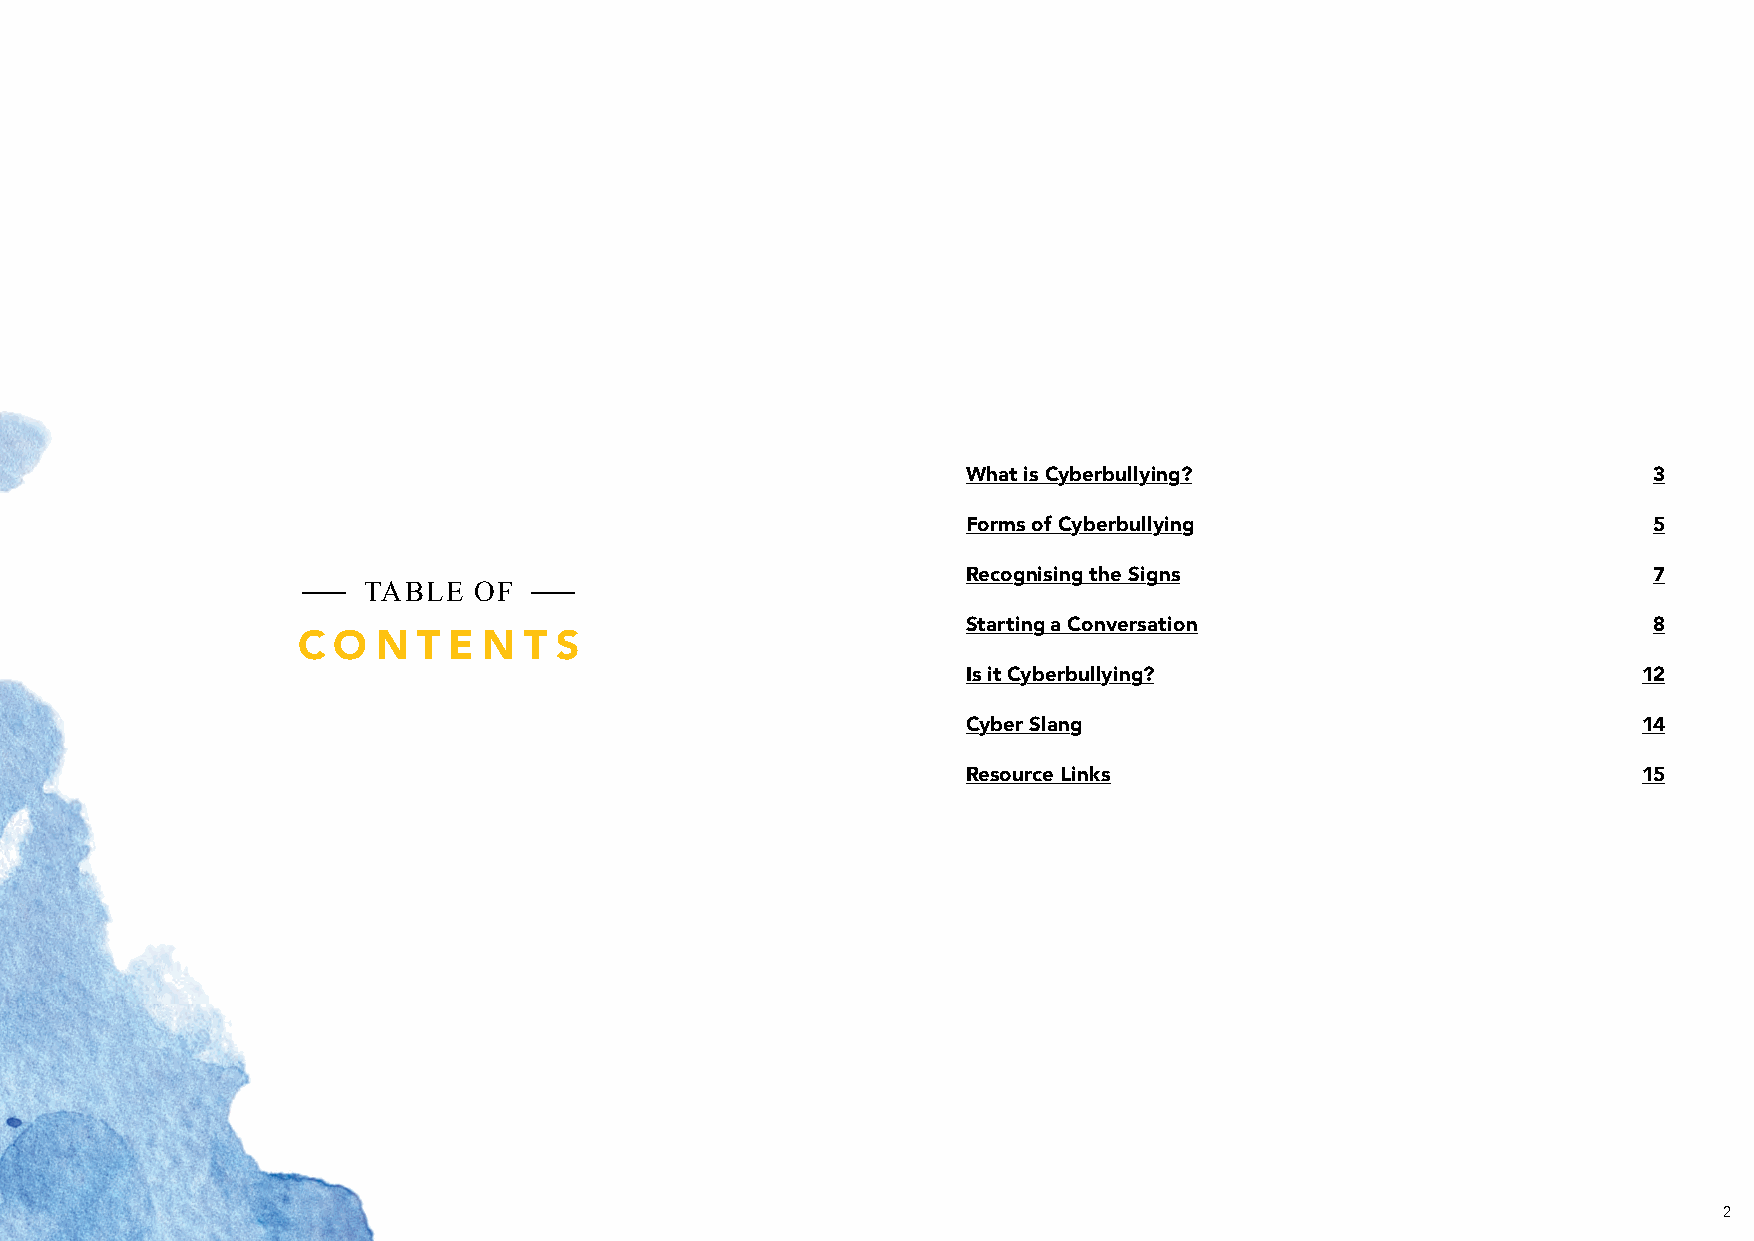
What is Cyberbullying?                       3
 Forms of Cyberbullying                       5
 Recognising the Signs                        7
 TABLE  OF
 Starting a Conversation                      8
 C O  N  T E N  T S
 Is it Cyberbullying?                         12
 Cyber Slang                                  14
 Resource Links                               15
 2